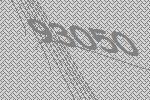
93050